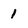
Character: 1